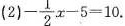
( 2 )- \frac{1}{2}x-5=10.